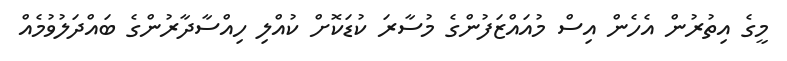
މީގެ އިތުރުން އެހެން އިސް މުއައްޒަފުންގެ މުސާރަ ކުޑަކޮށް ކުއްލި ހިއްސާދާރުންގެ ބައްދަލުވުމެއް